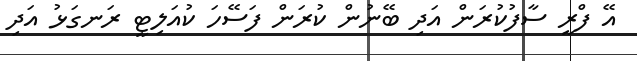
އޭ ފްރީ ސާފުކުރަން އަދި ބޭނުން ކުރަން ފަސޭހަ ކުއަލިޓީ ރަނގަޅު އަދި